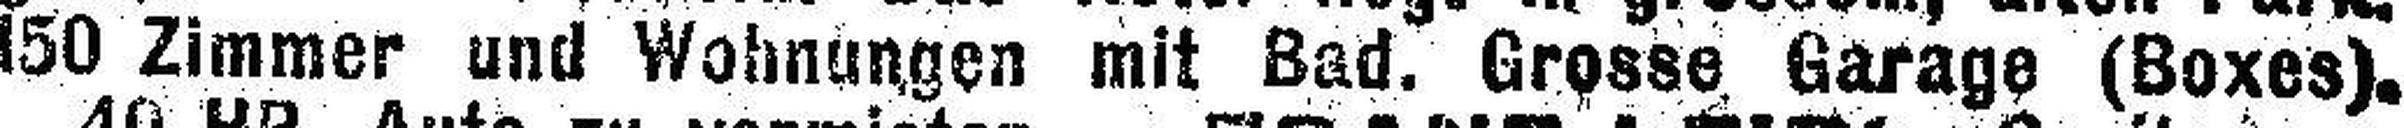
150 Zimmer und Wohnungen mit Bad. Grosse Garage (Boxes).